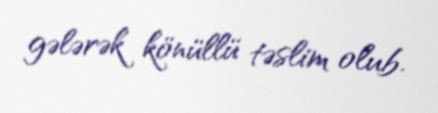
gələrək könüllü təslim olub.